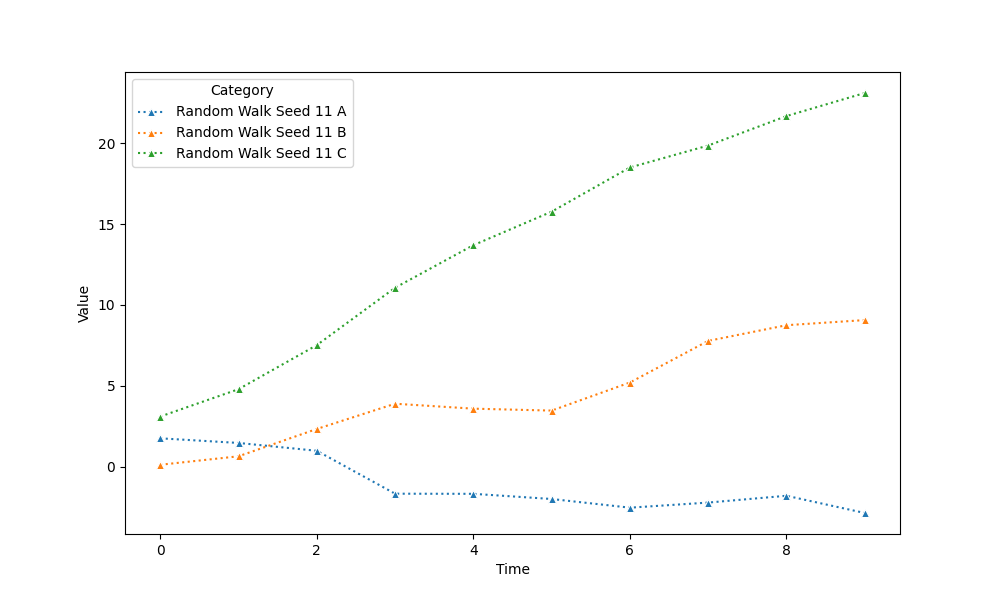
python, seaborn, lineplot, style='dotted', marker='^'